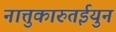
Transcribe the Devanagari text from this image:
नात्तुकारुतईयुन